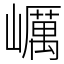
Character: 巁